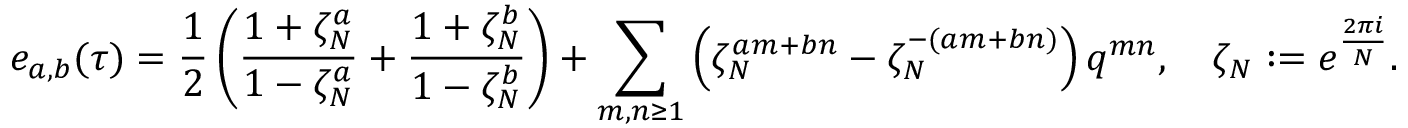
e _ { a , b } ( \tau ) = \frac { 1 } { 2 } \left( \frac { 1 + \zeta _ { N } ^ { a } } { 1 - \zeta _ { N } ^ { a } } + \frac { 1 + \zeta _ { N } ^ { b } } { 1 - \zeta _ { N } ^ { b } } \right) + \sum _ { m , n \ge 1 } \left( \zeta _ { N } ^ { a m + b n } - \zeta _ { N } ^ { - ( a m + b n ) } \right) q ^ { m n } , \quad \zeta _ { N } : = e ^ { \frac { 2 \pi i } { N } } .